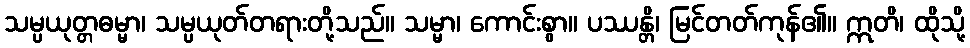
သမ္ပယုတ္တဓမ္မာ၊ သမ္ပယုတ်တရားတို့သည်။ သမ္မာ၊ ကောင်းစွာ။ ပဿန္တိ၊ မြင်တတ်ကုန်၏။ ဣတိ၊ ထိုသို့